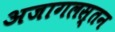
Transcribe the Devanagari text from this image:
अजागलस्तन